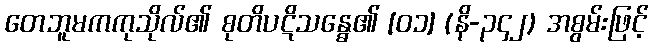
တေဘူမကကုသိုလ်၏ စုတိပဋိသန္ဓေ၏ [၀၁] (နိ-၃၄၂) အစွမ်းဖြင့်